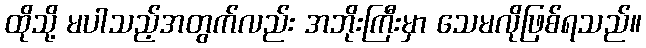
ထိုသို့ မပါသည့်အတွက်လည်း အဘိုးကြီးမှာ သေမလိုဖြစ်ရသည်။